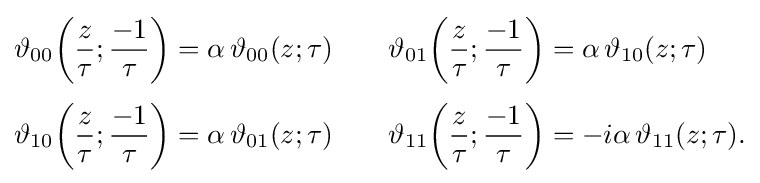
{\begin{aligned}\vartheta _{00}\!\left({\frac {z}{\tau }};{\frac {-1}{\tau }}\right)&=\alpha \,\vartheta _{00}(z;\tau )\quad &\vartheta _{01}\!\left({\frac {z}{\tau }};{\frac {-1}{\tau }}\right)&=\alpha \,\vartheta _{10}(z;\tau )\\[3pt]\vartheta _{10}\!\left({\frac {z}{\tau }};{\frac {-1}{\tau }}\right)&=\alpha \,\vartheta _{01}(z;\tau )\quad &\vartheta _{11}\!\left({\frac {z}{\tau }};{\frac {-1}{\tau }}\right)&=-i\alpha \,\vartheta _{11}(z;\tau ).\end{aligned}}